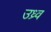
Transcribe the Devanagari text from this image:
उध्र्व